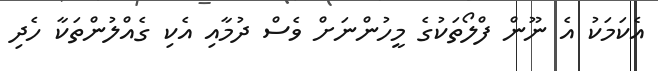
އެކަމަކު އެ ނޫން ފްލޯތަކުގެ މީހުންނަށް ވެސް ދުމާއި އެކި ގެއްލުންތަކާ ހެދި